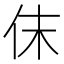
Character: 𠇱